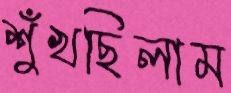
শুঁখছিলাম